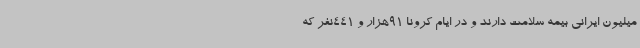
میلیون ایرانی بیمه سلامت دارند و در ایام کرونا 91هزار و 441‌نفر که